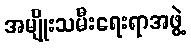
အမျိုးသမီးရေးရာအဖွဲ့